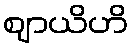
ဈာယိဟိ